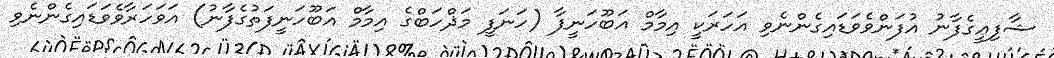
ޝާފިޢީގެފާނު އުފަންވެވަޑައިގެންނެވި އަހަރަކީ އިމާމް އަބޫހަނީފާ (ހަނަފީ މަޛްހަބްގެ އިމާމް އަބޫހަނީފަތުގެފާނު) އަވަހަރާވެވަޑައިގެންނެވި